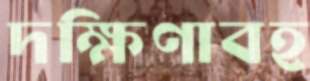
দক্ষিণাবহ